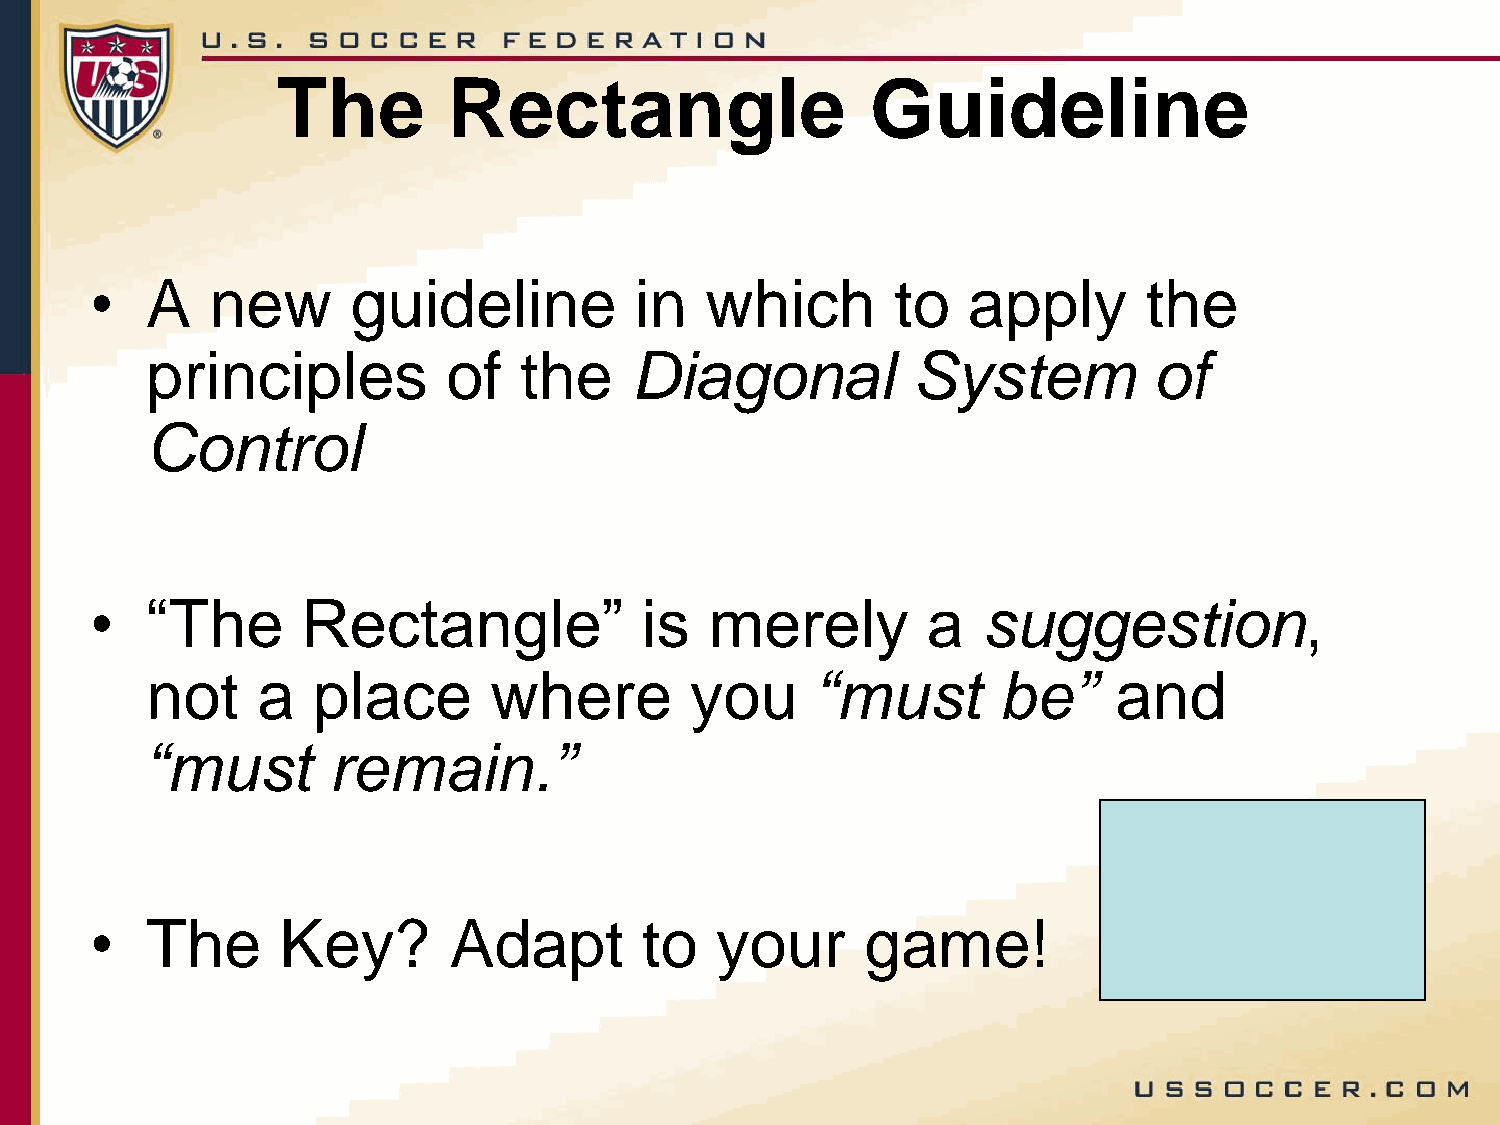
The         Rectangle                   Guideline
 •   A   new      guideline          in   which       to   apply       the
 principles          of  the     Diagonal          System          of
 Control
 •   “The      Rectangle”            is   merely        a   suggestion,
 not    a   place      where         you     “must       be”     and
 “must       remain.”
 •   The     Key?        Adapt        to  your      game!